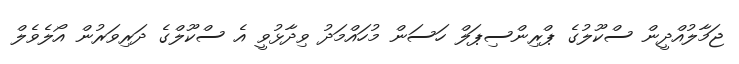
ޖަމާލުއްދީން ސްކޫލުގެ ޕްރިންސިޕަލް ހަސަން މުހައްމަދު ވިދާޅުވީ އެ ސްކޫލްގެ ދަރިވަރުން އޯލެވެލް